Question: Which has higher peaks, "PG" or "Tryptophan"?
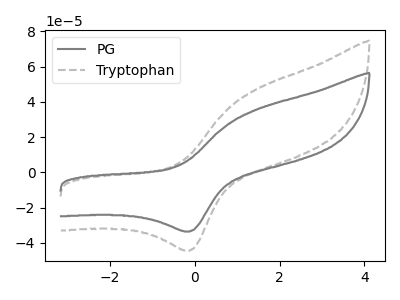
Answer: <think>The gray curve "PG" has an anodic peak at (1.45V, 35.40uA) and a cathodic peak at (-0.15V, -33.65uA). The gray dashed curve "Tryptophan" has an anodic peak at (1.45V, 46.90uA) and a cathodic peak at (-0.15V, -44.55uA).</think>
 <answer>Every peak in "PG" is lower than every peak in "Tryptophan".</answer>
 <eval>lower</eval>